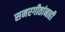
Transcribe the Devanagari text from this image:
समरगीतांनाही